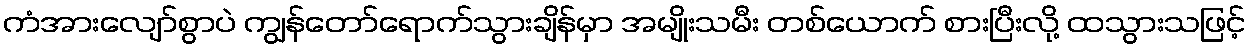
ကံအားလျော်စွာပဲ ကျွန်တော်ရောက်သွားချိန်မှာ အမျိုးသမီး တစ်ယောက် စားပြီးလို့ ထသွားသဖြင့်